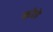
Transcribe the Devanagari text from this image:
कोहे